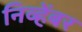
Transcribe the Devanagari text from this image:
निव्हेंबर